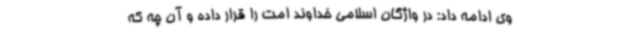
وی ادامه داد: در واژگان اسلامی خداوند امت را قرار داده و آن چه که